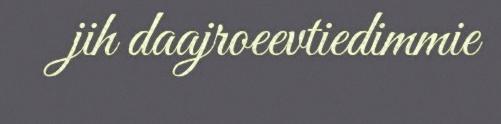
jih daajroeevtiedimmie